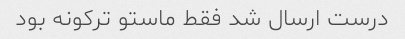
درست ارسال شد فقط ماستو ترکونه بود